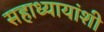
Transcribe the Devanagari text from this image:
सहाध्यायांशी